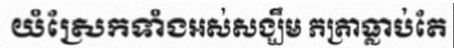
យំស្រែកទាំងអស់សង្ឃឹម ភត្រាធ្លាប់តែ